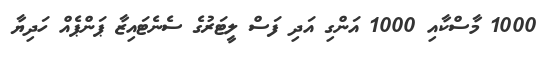
1000 މާސްކާއި 1000 އަންގި އަދި ފަސް ލީޓަރުގެ ސެނެޓައިޒާ ޕަންޕެއް ހަދިޔާ